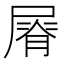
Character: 𡲺